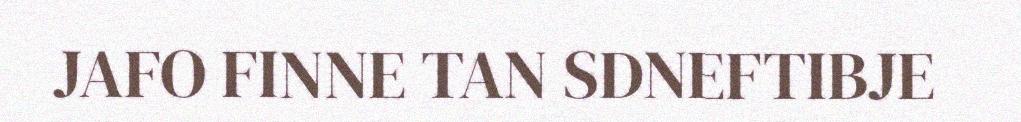
JAFO FINNE TAN SDNEFTIBJE